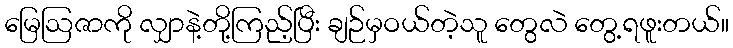
မြေဩဇာကို လျှာနဲ့တို့ကြည့်ပြီး ချဉ်မှဝယ်တဲ့သူ တွေလဲ တွေ့ရဖူးတယ်။